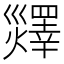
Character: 𤑹